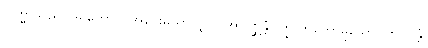
ဗြဟ္မာသည်။ ဒူရတောဝ၊ အဝေးမှသာလျှင်။ အာဂစ္ဆန္တံ၊ ကြွလာတော်မူသော။ ဘဂဝန္တံ၊